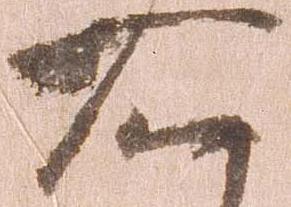
右